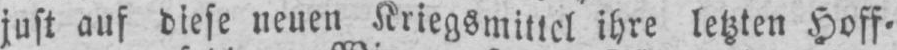
just auf diese neuen Kriegsmittel ihre letzten Hoff⸗